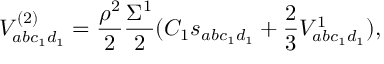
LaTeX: V _ { a b c _ { 1 } d _ { 1 } } ^ { ( 2 ) } = \frac { \rho ^ { 2 } } { 2 } \frac { \Sigma ^ { 1 } } { 2 } ( C _ { 1 } s _ { a b c _ { 1 } d _ { 1 } } + \frac { 2 } { 3 } V _ { a b c _ { 1 } d _ { 1 } } ^ { 1 } ) ,